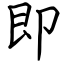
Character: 即